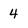
Character: 4